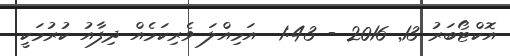
އޮކްޓޯބަރު 13